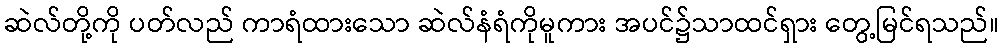
ဆဲလ်တို့ကို ပတ်လည် ကာရံထားသော ဆဲလ်နံရံကိုမူကား အပင်၌သာထင်ရှား တွေ့မြင်ရသည်။